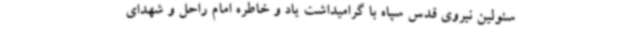
سئولین نیروی قدس سپاه با گرامیداشت یاد و خاطره امام راحل و شهدای